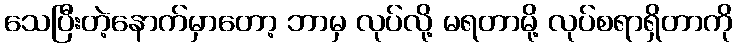
သေပြီးတဲ့နောက်မှာတော့ ဘာမှ လုပ်လို့ မရတာမို့ လုပ်စရာရှိတာကို